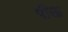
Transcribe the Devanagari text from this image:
पीऊ